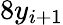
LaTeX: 8y_{i+1}